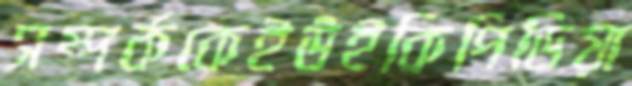
সম্পর্ককেইউইকিপিডিয়া